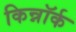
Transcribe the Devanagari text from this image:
किन्नॉर्क